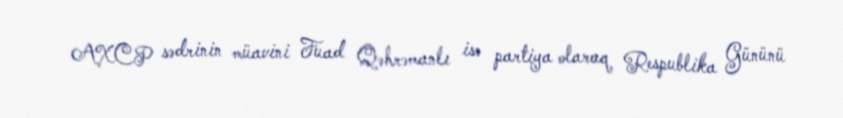
AXCP sədrinin müavini Fuad Qəhrəmanlı isə partiya olaraq Respublika Gününü